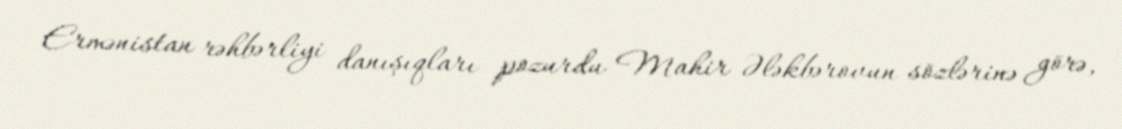
Ermənistan rəhbərliyi danışıqları pozurdu Mahir Ələkbərovun sözlərinə görə,